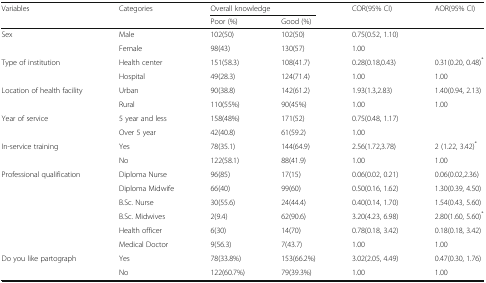
<table><thead><tr><td rowspan="2"><b>Variables</b></td><td rowspan="2"><b>Categories</b></td><td colspan="2"><b>Overall knowledge</b></td><td><b>COR(95% CI)</b></td><td><b>AOR(95% CI)</b></td></tr><tr><td><b>Poor (%)</b></td><td><b>Good (%)</b></td><td></td><td></td></tr></thead><tbody><tr><td rowspan="2">Sex</td><td>Male</td><td>102(50)</td><td>102(50)</td><td>0.75(0.52, 1.10)</td><td></td></tr><tr><td>Female</td><td>98(43)</td><td>130(57)</td><td>1.00</td><td></td></tr><tr><td rowspan="2">Type of institution</td><td>Health center</td><td>151(58.3)</td><td>108(41.7)</td><td>0.28(0.18,0.43)</td><td>0.31(0.20, 0.48)<sup>*</sup></td></tr><tr><td>Hospital</td><td>49(28.3)</td><td>124(71.4)</td><td>1.00</td><td>1.00</td></tr><tr><td rowspan="2">Location of health facility</td><td>Urban</td><td>90(38.8)</td><td>142(61.2)</td><td>1.93(1.3,2.83)</td><td>1.40(0.94, 2.13)</td></tr><tr><td>Rural</td><td>110(55%)</td><td>90(45%)</td><td>1.00</td><td>1.00</td></tr><tr><td rowspan="2">Year of service</td><td>5 year and less</td><td>158(48%)</td><td>171(52)</td><td>0.75(0.48, 1.17)</td><td></td></tr><tr><td>Over 5 year</td><td>42(40.8)</td><td>61(59.2)</td><td>1.00</td><td></td></tr><tr><td rowspan="2">In-service training</td><td>Yes</td><td>78(35.1)</td><td>144(64.9)</td><td>2.56(1.72,3.78)</td><td>2 (1.22, 3.42)<sup>*</sup></td></tr><tr><td>No</td><td>122(58.1)</td><td>88(41.9)</td><td>1.00</td><td>1.00</td></tr><tr><td rowspan="6">Professional qualification</td><td>Diploma Nurse</td><td>96(85)</td><td>17(15)</td><td>0.06(0.02, 0.21)</td><td>0.06(0.02,2.36)</td></tr><tr><td>Diploma Midwife</td><td>66(40)</td><td>99(60)</td><td>0.50(0.16, 1.62)</td><td>1.30(0.39, 4.50)</td></tr><tr><td>B.Sc. Nurse</td><td>30(55.6)</td><td>24(44.4)</td><td>0.40(0.14, 1.70)</td><td>1.54(0.43, 5.60)</td></tr><tr><td>B.Sc. Midwives</td><td>2(9.4)</td><td>62(90.6)</td><td>3.20(4.23, 6.98)</td><td>2.80(1.60, 5.60)<sup>*</sup></td></tr><tr><td>Health officer</td><td>6(30)</td><td>14(70)</td><td>0.78(0.18, 3.42)</td><td>0.18(0.18, 3.42)</td></tr><tr><td>Medical Doctor</td><td>9(56.3)</td><td>7(43.7)</td><td>1.00</td><td>1.00</td></tr><tr><td rowspan="2">Do you like partograph</td><td>Yes</td><td>78(33.8%)</td><td>153(66.2%)</td><td>3.02(2.05, 4.49)</td><td>0.47(0.30, 1.76)</td></tr><tr><td>No</td><td>122(60.7%)</td><td>79(39.3%)</td><td>1.00</td><td>1.00</td></tr></tbody></table>